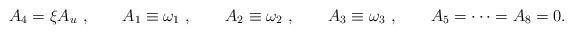
LaTeX: \begin{align*}A_4 = \xi A_u \ , \qquad A_1 \equiv \omega_1\ , \qquad A_2 \equiv\omega_2\ , \qquad A_3 \equiv \omega_3\ , \qquad A_5 = \dots = A_8=0.\end{align*}